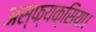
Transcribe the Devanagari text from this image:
अस्फ्यक्सिया।